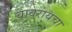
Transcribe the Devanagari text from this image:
वावरायचा